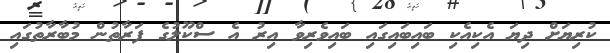
ކުރިޔަށް ދިޔަ އެކިއެކި ބައިބައިގައި ބައިވެރިވާ އިރު އެ ސްކޫލުގެ ފަރާތުން މުބާރާތުގައި